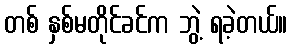
တစ် နှစ်မတိုင်ခင်က ဘွဲ့ ရခဲ့တယ်။